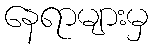
နေရာများမှ